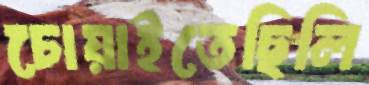
চোয়াইতেছিলি